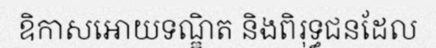
ឧិកាសអោយទណ្ឌិត និងពិរុទ្ធជនដែល